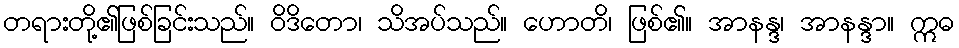
တရားတို့၏ဖြစ်ခြင်းသည်။ ဝိဒိတော၊ သိအပ်သည်။ ဟောတိ၊ ဖြစ်၏။ အာနန္ဒ၊ အာနန္ဒာ။ ဣဓ